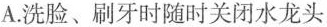
A.洗脸、刷牙时随时关闭水龙头